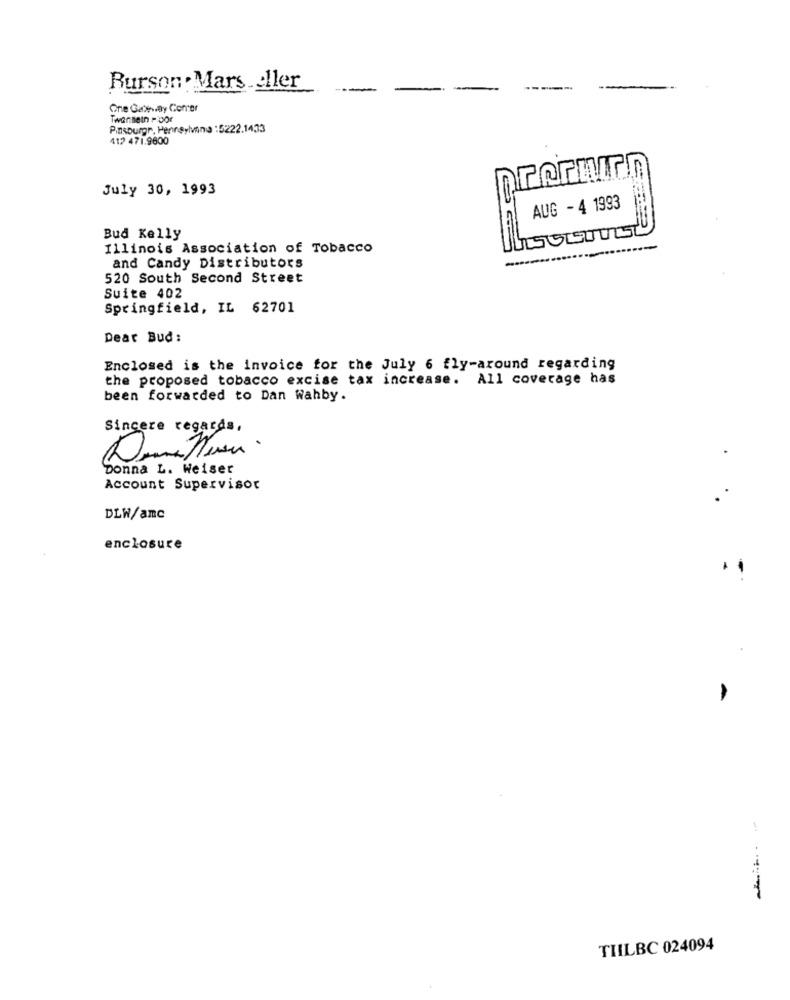
Burson . Mars eller
One Gatay Comer
Twannein Dor
Piasburgr. Penneyivana : 5222.1433
412 471.9600
July 30, 1993
AUG - 4 1993
Bud Kelly
Illinois Association of Tobacco
and Candy Distributors
520 South Second Street
Suite 402
Springfield, IL 62701
Dear Bud :
Enclosed is the invoice for the July 6 fly-around regarding
the proposed tobacco excise tax increase. All coverage has
been forwarded to Dan Wahby.
Sincere regards,
Donna L. Weiser
Account Supervisor
DLW/amc
enclosure
-----
TIILBC 024094